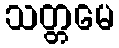
သတ္တမေ